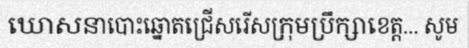
ឃោសនាបោះឆ្នោតជ្រើសរើសក្រុមប្រឹក្សាខេត្ត... សូម